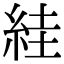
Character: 絓